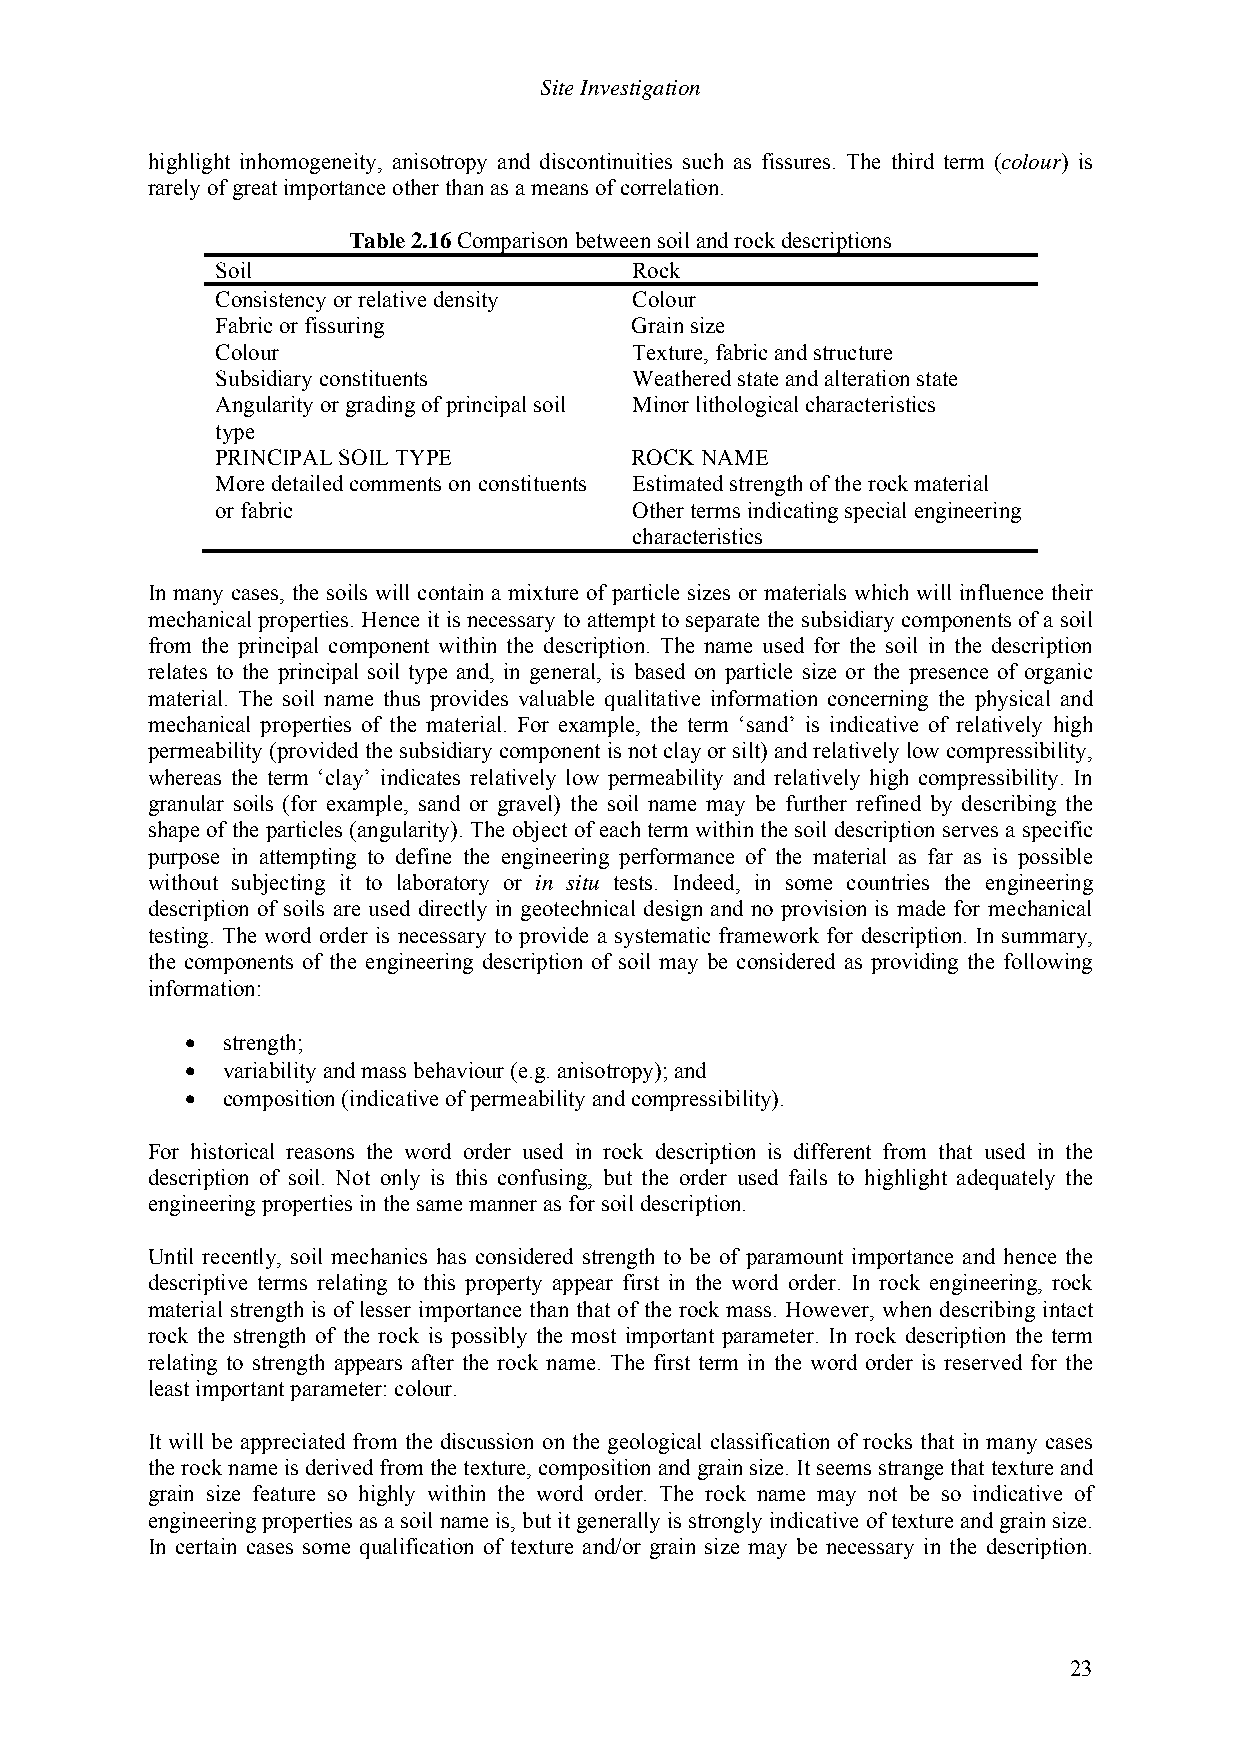
Site Investigation
 highlight inhomogeneity, anisotropy and discontinuities such as fissures. The third term (colour) is
 rarely of great importance other than as a means of correlation.
 Table 2.16 Comparison between soil and rock descriptions
 Soil                        Rock
 Consistency or relative density Colour
 Fabric or fissuring         Grain size
 Colour                      Texture, fabric and structure
 Subsidiary constituents     Weathered state and alteration state
 Angularity or grading of principal soil Minor lithological characteristics
 type
 PRINCIPAL SOIL TYPE         ROCK NAME
 More detailed comments on constituents Estimated strength of the rock material
 or fabric                   Other terms indicating special engineering
 characteristics
 In many cases, the soils will contain a mixture of particle sizes or materials which will influence their
 mechanical properties. Hence it is necessary to attempt to separate the subsidiary components of a soil
 from the principal component within the description. The name used for the soil in the description
 relates to the principal soil type and, in general, is based on particle size or the presence of organic
 material. The soil name thus provides valuable qualitative information concerning the physical and
 mechanical properties of the material. For example, the term ‘sand’ is indicative of relatively high
 permeability (provided the subsidiary component is not clay or silt) and relatively low compressibility,
 whereas the term ‘clay’ indicates relatively low permeability and relatively high compressibility. In
 granular soils (for example, sand or gravel) the soil name may be further refined by describing the
 shape of the particles (angularity). The object of each term within the soil description serves a specific
 purpose in attempting to define the engineering performance of the material as far as is possible
 without subjecting it to laboratory or in situ tests. Indeed, in some countries the engineering
 description of soils are used directly in geotechnical design and no provision is made for mechanical
 testing. The word order is necessary to provide a systematic framework for description. In summary,
 the components of the engineering description of soil may be considered as providing the following
 information:
 •  strength;
 •  variability and mass behaviour (e.g. anisotropy); and
 •  composition (indicative of permeability and compressibility).
 For historical reasons the word order used in rock description is different from that used in the
 description of soil. Not only is this confusing, but the order used fails to highlight adequately the
 engineering properties in the same manner as for soil description.
 Until recently, soil mechanics has considered strength to be of paramount importance and hence the
 descriptive terms relating to this property appear first in the word order. In rock engineering, rock
 material strength is of lesser importance than that of the rock mass. However, when describing intact
 rock the strength of the rock is possibly the most important parameter. In rock description the term
 relating to strength appears after the rock name. The first term in the word order is reserved for the
 least important parameter: colour.
 It will be appreciated from the discussion on the geological classification of rocks that in many cases
 the rock name is derived from the texture, composition and grain size. It seems strange that texture and
 grain size feature so highly within the word order. The rock name may not be so indicative of
 engineering properties as a soil name is, but it generally is strongly indicative of texture and grain size.
 In certain cases some qualification of texture and/or grain size may be necessary in the description.
 23